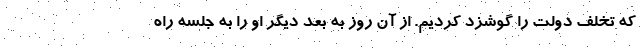
که تخلف دولت را گوشزد کردیم. از آن روز به بعد دیگر او را به جلسه راه